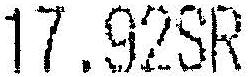
17.92SR